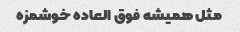
مثل همیشه فوق العاده خوشمزه